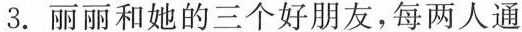
3.丽丽和她的三个好朋友，每两人通